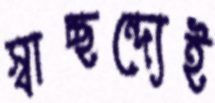
স্বাচ্ছন্দ্যেই